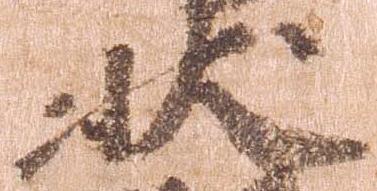
状